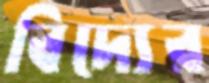
বিদ্যের